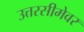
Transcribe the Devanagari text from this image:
उत्तरसीमेवर